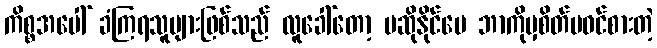
ကိစ္စအပေါ် ခံကြရသူများဖြစ်သည် လူခေါ်တော့ မဆိုနိုင်ပေ ဘာကိုမှစိတ်မဝင်စားတဲ့